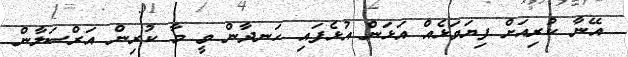
އޭނާ ކުރިއަށް ފިޔަވަޅެއް އަޅަން އުޅެފައި ހަނދާން ވީ މާ ކުރިން އަރްސަލާން